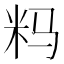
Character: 𰪪